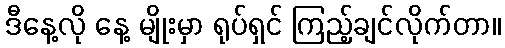
ဒီနေ့လို နေ့ မျိုးမှာ ရုပ်ရှင် ကြည့်ချင်လိုက်တာ။